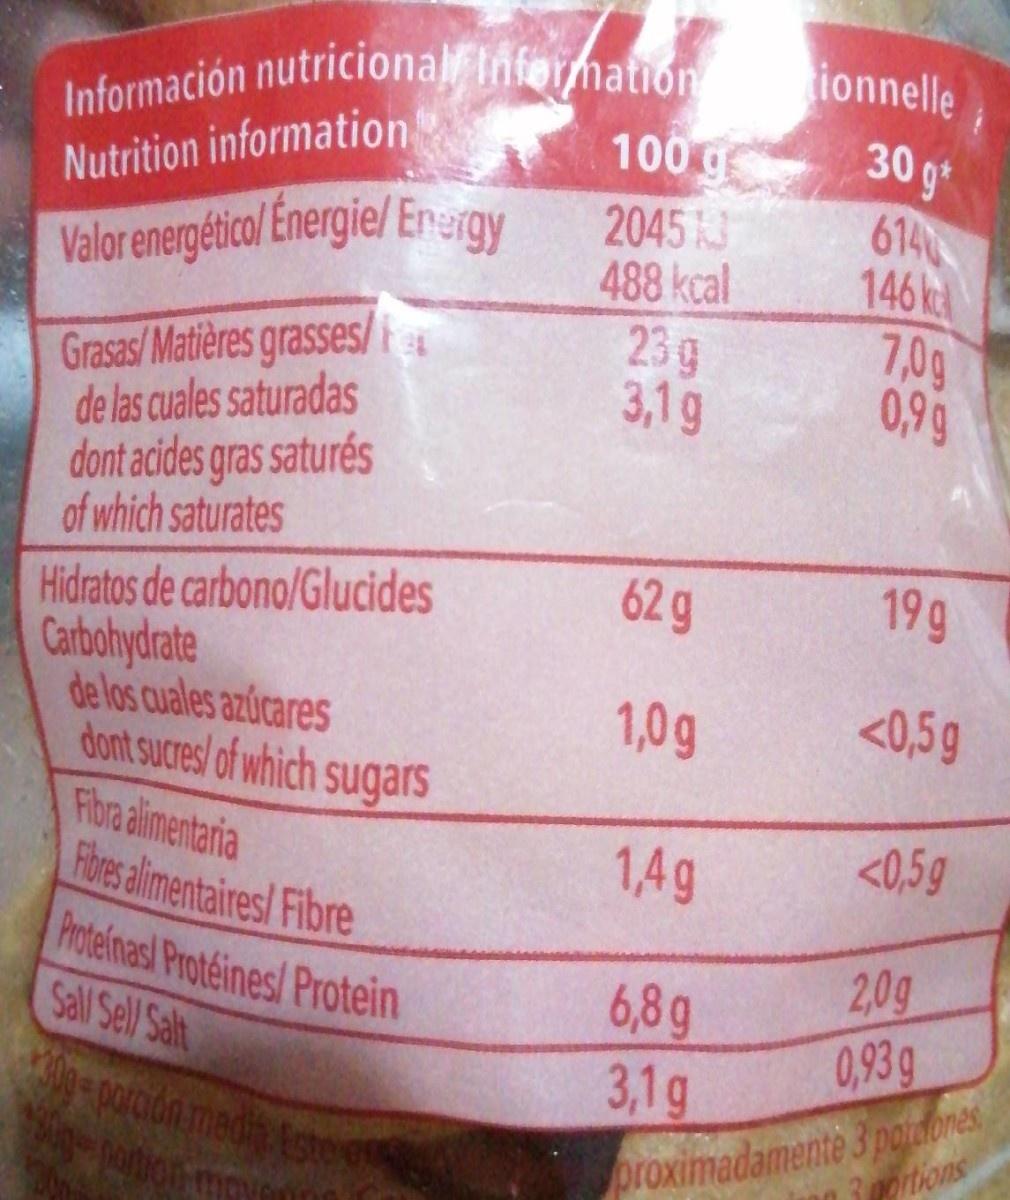
Información nutriciona Information Nutrition information Valor energético/ Energie/ Energy
ionnelle
100 g
30 g*
2045 3 488 kcal 23 g 3,1 g
614 146 k 7,0g 0,99
Grasas/Matières grasses/i de las cuales saturadas dont acides gras saturés of which saturates
62 g
19g
Hidratos de carbono/Glucides Carbohydrate de los cuales azúcares dont sucres of which sugars Fibra alimentaria Fbres alimentaires/ Fibre Proteinasl Protéines/ Protein Sall Sell Salt
1,0g
<0,5g
1,4g
<0,5g
6,8g 3,1g
2,0g 0,93g
porción medi tster ion m
proximadamente 3 pojalores, ortions
106